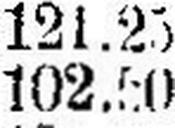
102.50